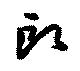
郎